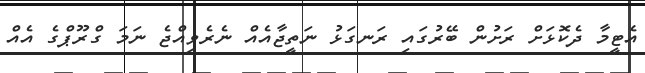
އެޓީމާ ދެކޮޅަށް ރަށުން ބޭރުގައި ރަނގަޅު ނަތީޖާއެއް ނެރެވިއްޖެ ނަމަ ގްރޫޕްގެ އެއް